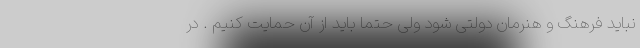
نباید فرهنگ و هنرمان دولتی شود ولی حتما باید از آن حمایت کنیم . در